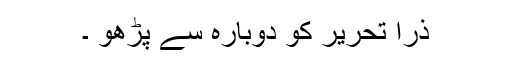
ذرا تحریر کو دوبارہ سے پڑھو ۔